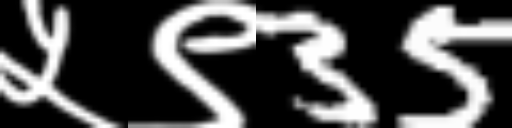
Text: ५९35